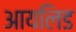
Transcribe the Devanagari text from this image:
आयलिड